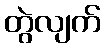
တွဲလျက်